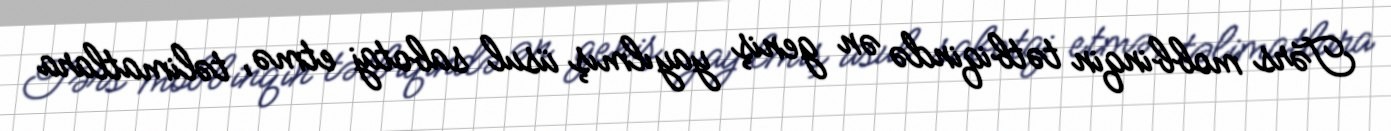
Tərs mobbinqin tətbiqində ən geniş yayılmış üsul sabotaj etmə, təlimatlara